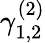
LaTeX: \gamma_{1,2}^{(2)}